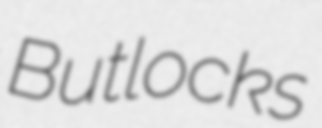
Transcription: Butlocks